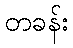
တခန်း